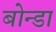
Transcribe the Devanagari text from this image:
बोन्डा